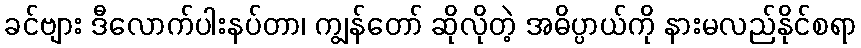
ခင်ဗျား ဒီလောက်ပါးနပ်တာ၊ ကျွန်တော် ဆိုလိုတဲ့ အဓိပ္ပာယ်ကို နားမလည်နိုင်စရာ